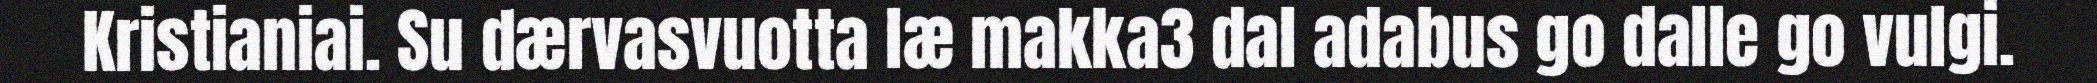
Kristianiai. Su dærvasvuotta læ makka3 dal adabus go dalle go vulgi.